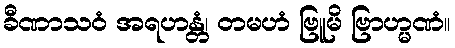
ခီဏာသဝံ အရဟန္တံ၊ တမဟံ ဗြူမိ ဗြာဟ္မဏံ။